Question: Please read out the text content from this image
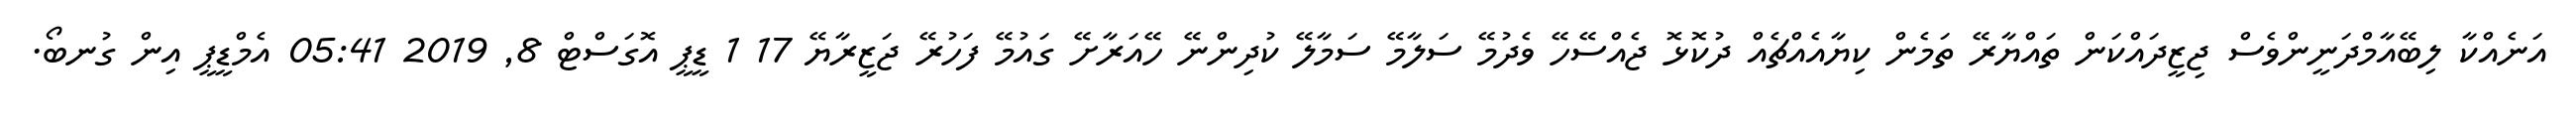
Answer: އަނެއްކާ ލިބޭއާމްދަނީންވެސް ޖިޒީދައްކަން ތައްޔާރޭ ތަމެން ކިޔާއެއްޗެއް ދުކޮޅޮ ޖެއްސޭހޭ ވެދުމޭ ސަލާމޭ ސަމާލޭ ކުދިންނޭ ހޭއަރާށޭ ގައުމޭ ފަހުރޭ ޖަޒީރާޔޭ 17 1 ޑީޕީ އޮގަސްޓް 8, 2019 05:41 އެމްޑީޕީ އިން ގުނބޯ.